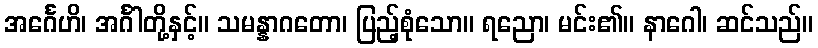
အင်္ဂေဟိ၊ အင်္ဂါတို့နှင့်။ သမန္နာဂတော၊ ပြည့်စုံသော။ ရညော၊ မင်း၏။ နာဂေါ၊ ဆင်သည်။